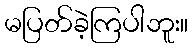
မပြတ်ခဲ့ကြပါဘူး။